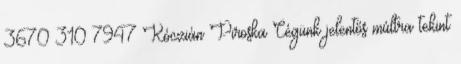
3670 310 7947 Kóczián Piroska Cégünk jelentős múltra tekint